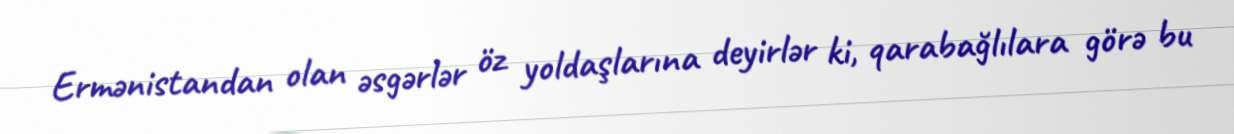
Ermənistandan olan əsgərlər öz yoldaşlarına deyirlər ki, qarabağlılara görə bu